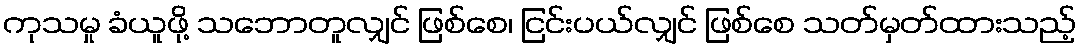
ကုသမှု ခံယူဖို့ သဘောတူလျှင် ဖြစ်စေ၊ ငြင်းပယ်လျှင် ဖြစ်စေ သတ်မှတ်ထားသည့်